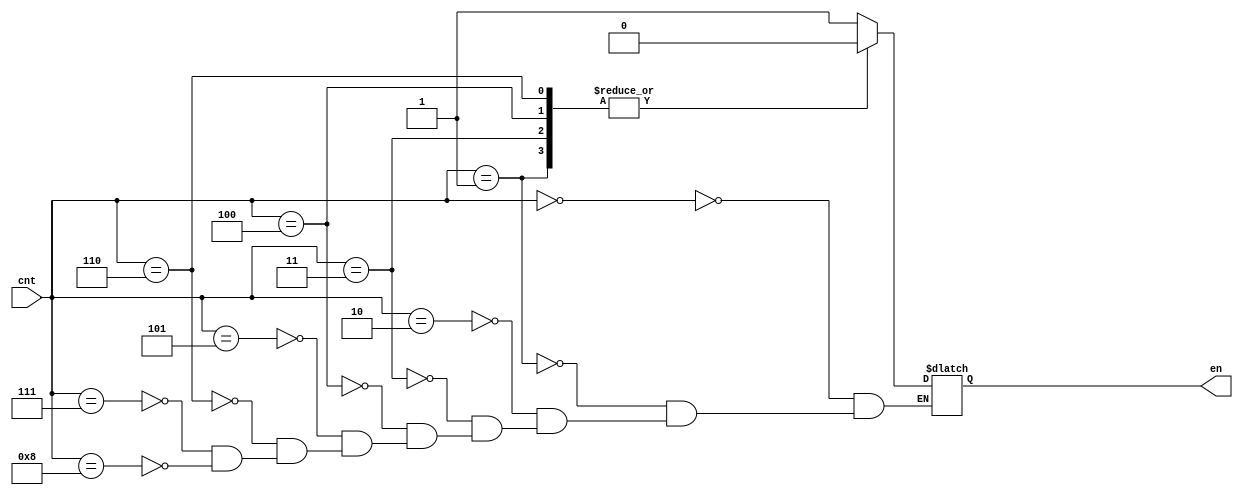
module SA_register_en_Decoder(
    input [3:0] cnt,
    output reg en
);
    always @(*) begin
        case(cnt)
            4'b0000 : en = 1'b1;
            4'b0001 : en = 1'b0;
            4'b0010 : en = 1'b1;
            4'b0011 : en = 1'b0;
            4'b0100 : en = 1'b0;
            4'b0101 : en = 1'b1;
            4'b0110 : en = 1'b0;
            4'b0111 : en = 1'b1;
            4'b1000 : en = 1'b1;
        endcase
    end
endmodule